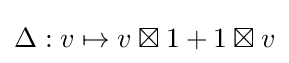
\Delta :v\mapsto v\boxtimes 1+1\boxtimes v